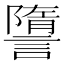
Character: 䜐